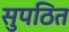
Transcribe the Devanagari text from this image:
सुपठित